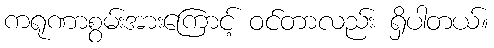
ကရုဏာစွမ်းအားကြောင့် ဝင်တာလည်း ရှိပါတယ်။